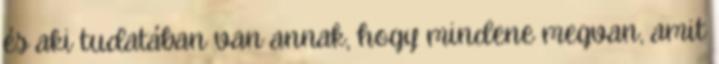
és aki tudatában van annak, hogy mindene megvan, amit